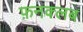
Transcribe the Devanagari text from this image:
फ़नक्लब